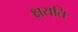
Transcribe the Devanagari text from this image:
क्षयति